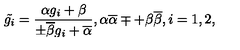
\tilde { g _ { i } } = \frac { \alpha g _ { i } + \beta } { \pm \overline { { \beta } } g _ { i } + \overline { { \alpha } } } , \alpha \overline { { \alpha } } \mp + \beta \overline { { \beta } } , i = 1 , 2 ,